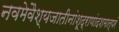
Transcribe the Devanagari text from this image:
नवमेवैश्यजातीनांशूद्राणांदशमात्परं